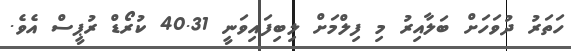
ހަތަރު ދުވަހަށް ބަލާއިރު މި ފިލްމަށް ލިބިފައިވަނީ 40.31 ކުރޯޑް ރުޕީސް އެވެ.